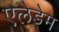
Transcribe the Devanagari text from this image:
एलेडेम